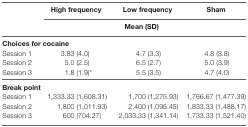
<table><thead><tr><td rowspan="3"></td><td><b>High frequency</b></td><td><b>Low frequency</b></td><td><b>Sham</b></td></tr><tr><td colspan="3"><b>Mean (SD)</b></td></tr></thead><tbody><tr><td colspan="4"><b>Choices for cocaine</b></td></tr><tr><td>Session 1</td><td>3.83 (4.0)</td><td>4.7 (3.3)</td><td>4.8 (3.8)</td></tr><tr><td>Session 2</td><td>5.0 (2.5)</td><td>6.5 (2.7)</td><td>5.0 (3.9)</td></tr><tr><td>Session 3</td><td>1.8 (1.9)*</td><td>5.5 (3.5)</td><td>4.7 (4.0)</td></tr><tr><td colspan="4"><b>Break point</b></td></tr><tr><td>Session 1</td><td>1,333.33 (1,608.31)</td><td>1,700 (1,275.93)</td><td>1,766.67 (1,477.39)</td></tr><tr><td>Session 2</td><td>1,800 (1,011.93)</td><td>2,400 (1,095.45)</td><td>1,833.33 (1,488.17)</td></tr><tr><td>Session 3</td><td>600 (704.27)</td><td>2,033.33 (1,341.14)</td><td>1,733.33 (1,521.40)</td></tr></tbody></table>